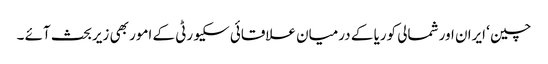
چین ‘ ایران اور شمالی کوریا کے درمیان علاقائی سکیورٹی کے امور بھی زیربحث آئے ۔